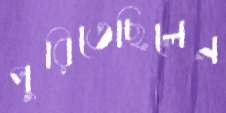
পুরিতেছিলেন